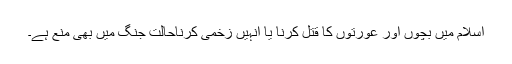
اسلام میں بچوں اور عورتوں کا قتل کرنا یا انہیں زخمی کرناحالت جنگ میں بھی منع ہے۔